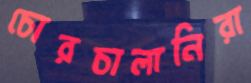
চোরচালানিরা